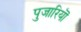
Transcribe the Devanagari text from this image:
पुजारियॊ